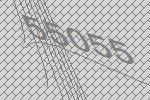
55055